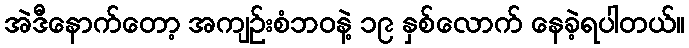
အဲဒီနောက်တော့ အကျဉ်းစံဘဝနဲ့ ၁၉ နှစ်လောက် နေခဲ့ရပါတယ်။